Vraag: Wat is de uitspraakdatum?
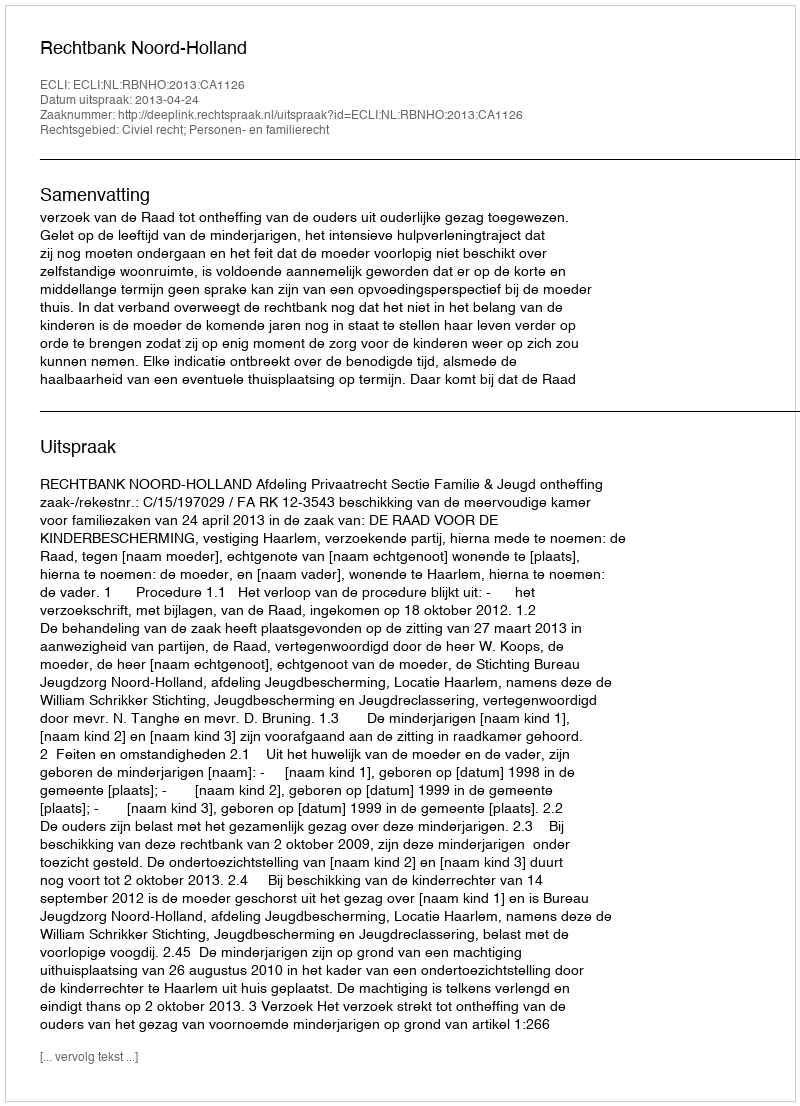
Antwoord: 2013-04-24